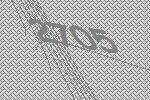
2705